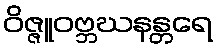
ဝိဇ္ဇူဝဗ္ဘဃနန္တရေ